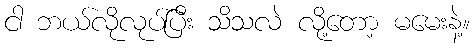
ငါ ဘယ်လိုလုပ်ပြီး သိသလဲ လို့တော့ မမေးနဲ့။